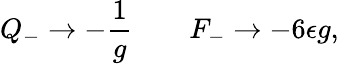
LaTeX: Q_{-}\rightarrow-{\frac{1}{g}}\qquad F_{-}\rightarrow-6\epsilon g,